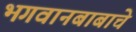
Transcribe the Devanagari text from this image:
भगवानबाबाचे